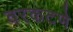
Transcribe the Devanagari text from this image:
वरकटणे